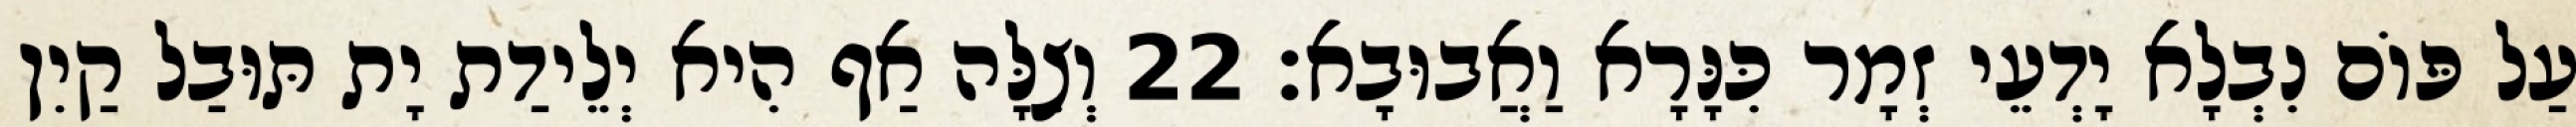
עַל פּוֹם נִבְלָא יָדְעֵי זְמָר כִּנָּרָא וַאֲבוּבָא׃ 22 וְצִלָּה אַף הִיא יְלֵידַת יָת תּוּבַל קַיִן